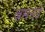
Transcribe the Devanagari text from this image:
बमनई